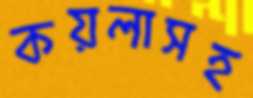
কয়লাসহ